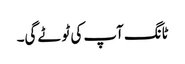
ٹانگ آپ کی ٹوٹے گی۔